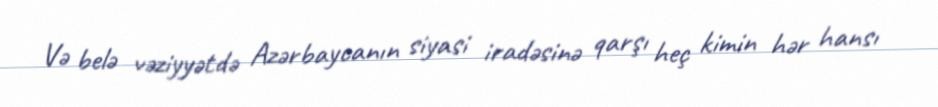
Və belə vəziyyətdə Azərbaycanın siyasi iradəsinə qarşı heç kimin hər hansı